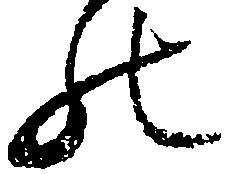
の